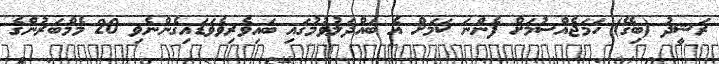
ރަޝީދު (ބިގޭ) ހަމަޖެއްސުމަަށް ފެންނަ ކަމަށް އެ ބައްދަލުވުމުގައި ބައިވެރިވެވަޑައިގެންނެވި 20 މެމްބަރުންގެ